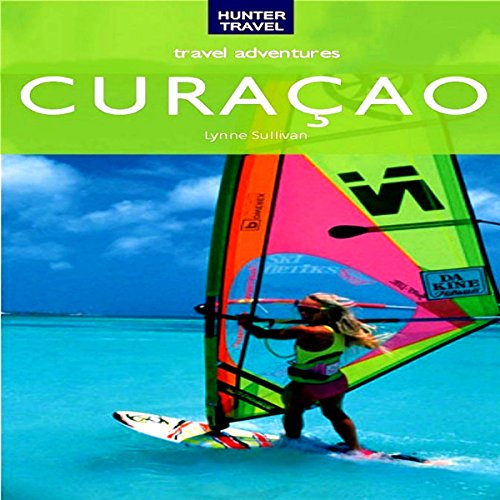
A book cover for Curacao Travel Adventures; Lynne Sullivan; Travel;